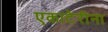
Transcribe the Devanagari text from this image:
एकाटेरीना